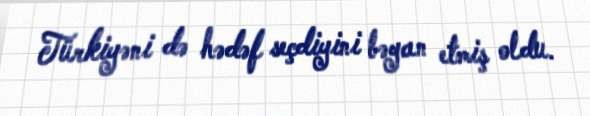
Türkiyəni də hədəf seçdiyini bəyan etmiş oldu.